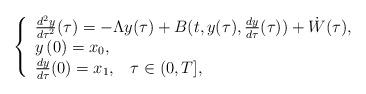
LaTeX: \begin{align*} \left\{\begin{array}[c]{l}\frac{d^{2} y}{d \tau^{2}} ( \tau) = - \Lambda y (\tau ) + B (t, y(\tau), \frac{d y}{d\tau}(\tau) ) + \dot{W}(\tau), \\y\left( 0\right) =x_{0} ,\\\frac{d y}{d\tau}( 0) =x_{1},\;\;\; \tau \in (0,T],\end{array}\right. \end{align*}